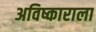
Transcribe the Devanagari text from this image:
अविष्काराला